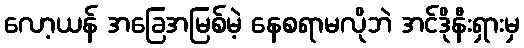
လော့ယန် အခြေအမြစ်မဲ့ နေစရာမလိုဘဲ အင်ဒိုနီးရှားမှ